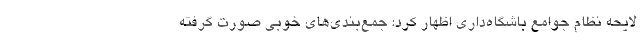
لایحه‌ نظام جوامع باشگاه‌داری اظهار کرد: جمع‌بندی‌های خوبی صورت گرفته